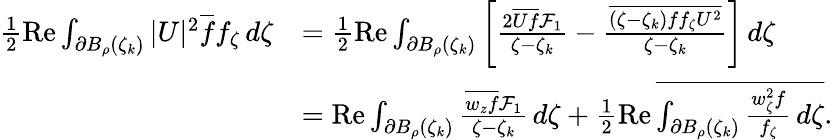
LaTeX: \begin{array}{rl}{\frac 12\operatorname{Re}\int_{\partial B_{\rho}(\zeta_{k})}|U|^{2}\overline{f}f_{\zeta}\, d\zeta}&{=\frac 12\operatorname{Re}\int_{\partial B_{\rho}(\zeta_{k})}\left[\frac{2\overline{{Uf}}\mathcal{F}_{1}}{\zeta-\zeta_{k}}-\frac{\overline{{(\zeta-\zeta_{k})ff_{\zeta}U^{2}}}}{\zeta-\zeta_{k}}\right]\, d\zeta}\\ &{=\operatorname{Re}\int_{\partial B_{\rho}(\zeta_{k})}\frac{\overline{{w_{z}f}}\mathcal{F}_{1}}{\zeta-\zeta_{k}}\, d\zeta+\frac 12\operatorname{Re}\overline{{\int_{\partial B_{\rho}(\zeta_{k})}\frac{w_{\zeta}^{2}f}{f_{\zeta}}\, d\zeta}}.}\end{array}